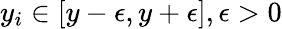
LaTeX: y_{i}\in[y-\epsilon,y+\epsilon],\epsilon>0